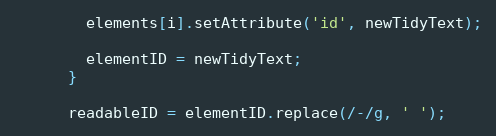
Language: JavaScript
        elements[i].setAttribute('id', newTidyText);

        elementID = newTidyText;
      }

      readableID = elementID.replace(/-/g, ' ');